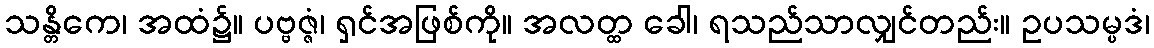
သန္တိကေ၊ အထံ၌။ ပဗ္ဗဇ္ဇံ၊ ရှင်အဖြစ်ကို။ အလတ္ထ ခေါ၊ ရသည်သာလျှင်တည်း။ ဥပသမ္ပဒံ၊